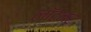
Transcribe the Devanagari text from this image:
लॉटनर